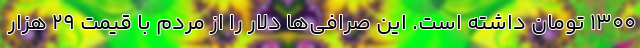
۱۳۰۰ تومان داشته است. این صرافی‌ها دلار را از مردم با قیمت ۲۹ هزار